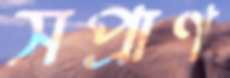
সপ্রাণ